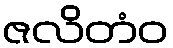
ဇလိတံဝ